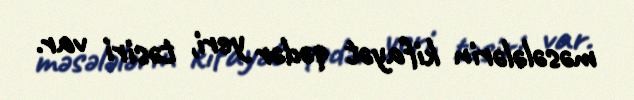
məsələlərin kifayət qədər yeri, təsiri var.